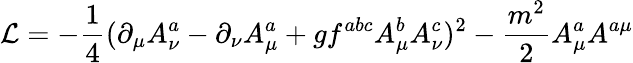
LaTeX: {\cal L}=-\frac{1}{4}(\partial_{\mu}A_{\nu}^{a}-\partial_{\nu}A_{\mu}^{a}+gf^{abc}A_{\mu}^{b}A_{\nu}^{c})^{2}-\frac{m^{2}}{2}A_{\mu}^{a}A^{a\mu}